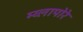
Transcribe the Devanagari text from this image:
म्य्लापोरे